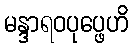
မန္ဒာရဝပုပ္ဖေဟိ